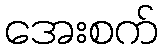
အေးစက်